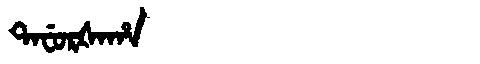
Manchu: ᡨᠠᠸᡠᡵᡧᠠᡥᠠ
Romanization: TAFURŠAHA